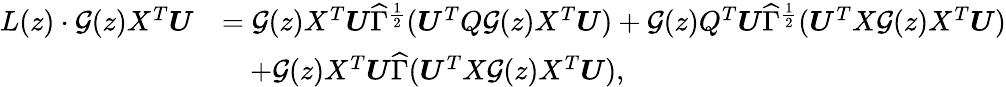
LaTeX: \begin{array}{rl}{L(z)\cdot{\mathcal G}(z)X^{T}{\boldsymbol U}}&{={\mathcal G}(z)X^{T}{\boldsymbol U}\widehat\Gamma^{\frac{1}{2}}({\boldsymbol U}^{T}Q{\mathcal G}(z)X^{T}{\boldsymbol U})+{\mathcal G}(z)Q^{T}{\boldsymbol U}\widehat\Gamma^{\frac{1}{2}}({\boldsymbol U}^{T}X{\mathcal G}(z)X^{T}{\boldsymbol U})}\\ &{\quad+{\mathcal G}(z)X^{T}{\boldsymbol U}\widehat\Gamma({\boldsymbol U}^{T}X{\mathcal G}(z)X^{T}{\boldsymbol U}),}\end{array}